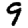
Digit: 9